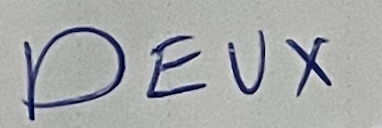
DEUX